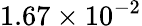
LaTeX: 1.67\times 10^{-2}